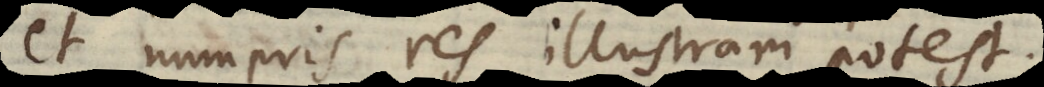
et numeris res illustrari pote